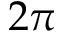
2 \pi